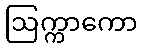
ဩက္ကာကော